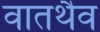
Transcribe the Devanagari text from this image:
वातथैव